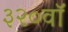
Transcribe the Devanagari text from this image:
३२०वॉ